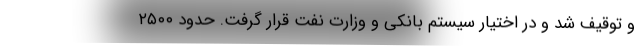
و توقیف شد و در اختیار سیستم بانکی و وزارت نفت قرار گرفت. حدود ۲۵۰۰